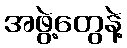
အဖွဲ့တွေနဲ့